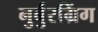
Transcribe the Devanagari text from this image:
नुर्बुरग्रिंग